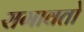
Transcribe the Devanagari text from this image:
रागावतो